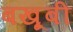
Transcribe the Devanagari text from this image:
बखू़बी